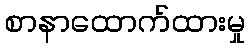
စာနာထောက်ထားမှု